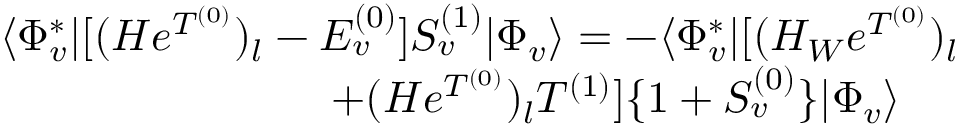
\begin{array} { r l r } { \langle \Phi _ { v } ^ { * } | [ ( H e ^ { T ^ { ( 0 ) } } ) _ { l } - E _ { v } ^ { ( 0 ) } ] S _ { v } ^ { ( 1 ) } | \Phi _ { v } \rangle = - \langle \Phi _ { v } ^ { * } | [ ( H _ { W } e ^ { T ^ { ( 0 ) } } ) _ { l } } & { { } } & { } \\ { + ( H e ^ { T ^ { ( 0 ) } } ) _ { l } T ^ { ( 1 ) } ] \{ 1 + S _ { v } ^ { ( 0 ) } \} | \Phi _ { v } \rangle \ \ \ \ } \end{array}